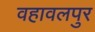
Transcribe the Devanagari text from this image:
वहावलपुर